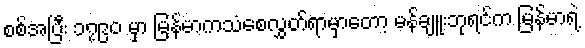
စစ်အပြီး ၁၇၉၀ မှာ မြန်မာကသံစေလွှတ်ရာမှာတော့ မန်ချူးဘုရင်က မြန်မာရဲ့